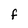
Character: f